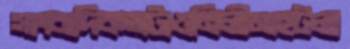
সাংবাদিকতাটাওনিলীমাহটলা